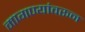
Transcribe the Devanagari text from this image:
मागण्यांवरून